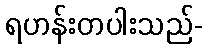
ရဟန်းတပါးသည်-